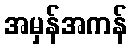
အမှန်အကန်